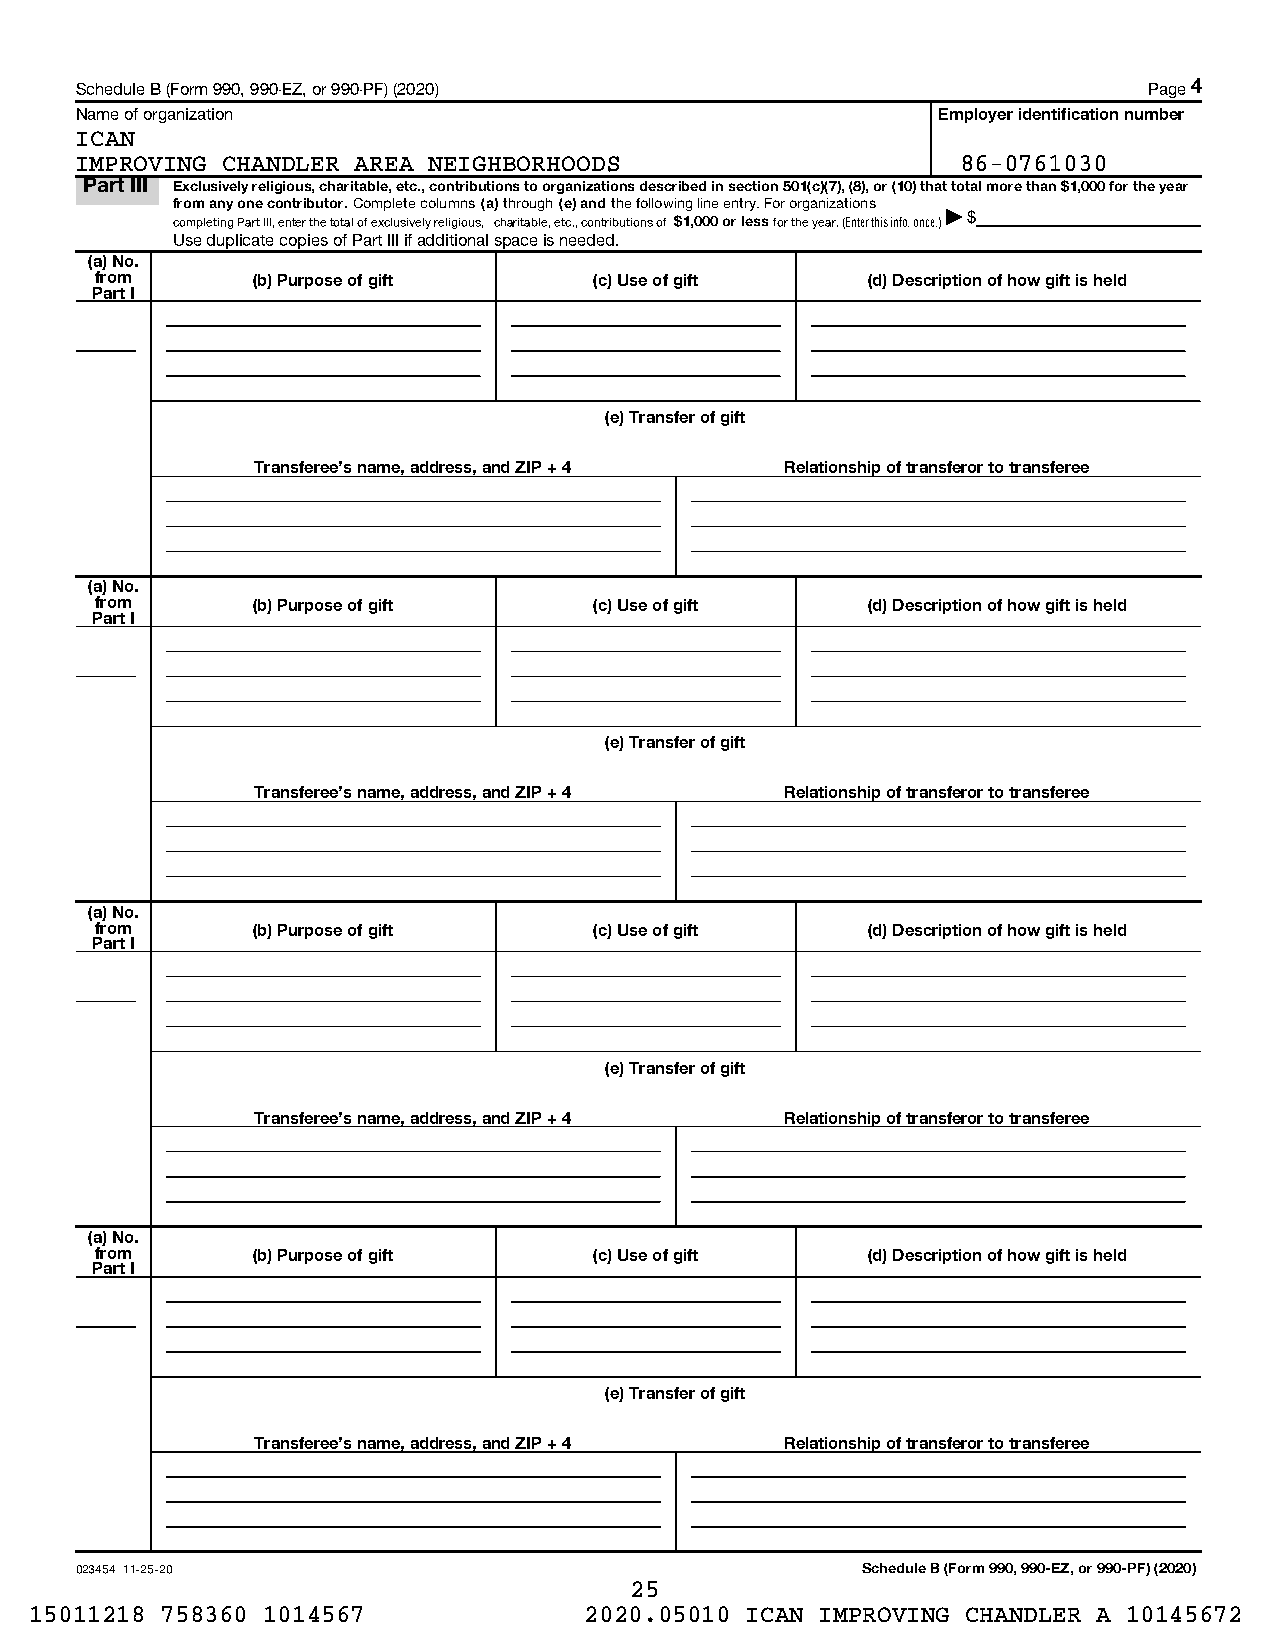
Schedule B (Form 990, 990-EZ, or 990-PF) (2020)                        Page 4
 Name of organization                                     Employer identification number
 ICAN
 IMPROVING CHANDLER AREA NEIGHBORHOODS                      86-0761030
 Part III Exclusively religious, charitable, etc., contributions to organizations described in section 501(c)(7), (8), or (10) that total more than $1,000 for the year
 from any one contributor. Complete columns (a) through (e) and the following line entry. For organizations
 completing Part III, enter the total of exclusively religious, charitable, etc., contributions of $1,000 or less for the year. (Enter this info. once.)| $
 Use duplicate copies of Part III if additional space is needed.
 (a) No.
 from       (b) Purpose of gift   (c) Use of gift   (d) Description of how gift is held
 Part I
 (e) Transfer of gift
 Transferee's name, address, and ZIP + 4 Relationship of transferor to transferee
 (a) No.
 from       (b) Purpose of gift   (c) Use of gift   (d) Description of how gift is held
 Part I
 (e) Transfer of gift
 Transferee's name, address, and ZIP + 4 Relationship of transferor to transferee
 (a) No.
 from       (b) Purpose of gift   (c) Use of gift   (d) Description of how gift is held
 Part I
 (e) Transfer of gift
 Transferee's name, address, and ZIP + 4 Relationship of transferor to transferee
 (a) No.
 from       (b) Purpose of gift   (c) Use of gift   (d) Description of how gift is held
 Part I
 (e) Transfer of gift
 Transferee's name, address, and ZIP + 4 Relationship of transferor to transferee
 023454 11-25-20                                     Schedule B (Form 990, 990-EZ, or 990-PF) (2020)
 25
 15011218 758360 1014567              2020.05010 ICAN IMPROVING CHANDLER A 10145672